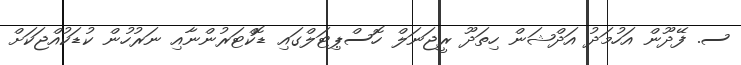
ސ. ފޭދޫން އަހުމަދު އަދްޝަން ހިތަދޫ ރީޖަނަލް ހޮސްޕިޓަލްގައި ޑޮކްޓަރުންނާއި ނަރުހުން ކުޑަކުއްޖަކަށް